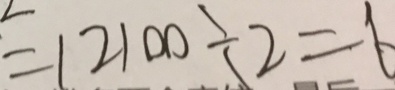
= 1 2 1 0 0 \div 2 = 6 0 5 0